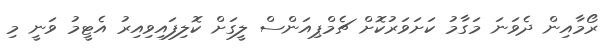
ރޯމާއިން ދެވަނަ މަގާމު ކަށަވަރުކޮށް ޗެމްޕިއަންސް ލީގަށް ކޮލިފައިވިއިރު އެޓީމު ވަނީ މި